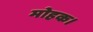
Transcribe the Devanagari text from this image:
मोहक।